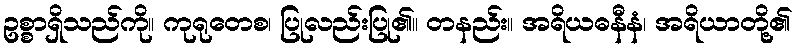
ဥစ္စာရှိသည်ကို။ ကုရုတေစ၊ ပြုလည်းပြု၏။ တနည်း။ အရိယဓနီနံ၊ အရိယာတို့၏